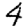
Digit: 4